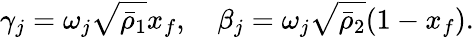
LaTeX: \gamma_{j}=\omega_{j}\sqrt{\bar{\rho}_{1}}x_{f},\quad\beta_{j}=\omega_{j}\sqrt{\bar{\rho}_{2}}(1-x_{f}).